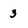
Character: 3